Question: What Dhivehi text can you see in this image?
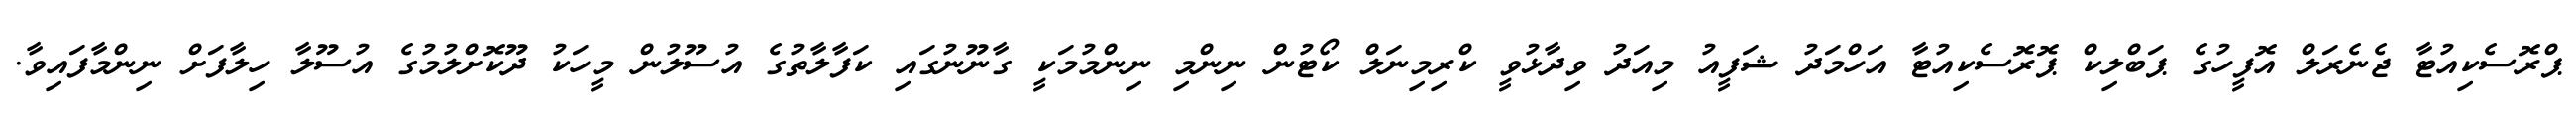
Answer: ޕްރޮސެކިއުޓާ ޖެނެރަލް އޮފީހުގެ ޕަބްލިކް ޕޮރޮސެކިއުޓާ އަހްމަދު ޝަފީއު މިއަދު ވިދާޅުވީ ކްރިމިނަލް ކޯޓުން ނިންމި ނިންމުމަކީ ގާނޫނުގައި ކަފާލާތުގެ އުސޫލުން މީހަކު ދޫކޮށްލުމުގެ އުސޫލާ ހިލާފަށް ނިންމާފައިވާ.